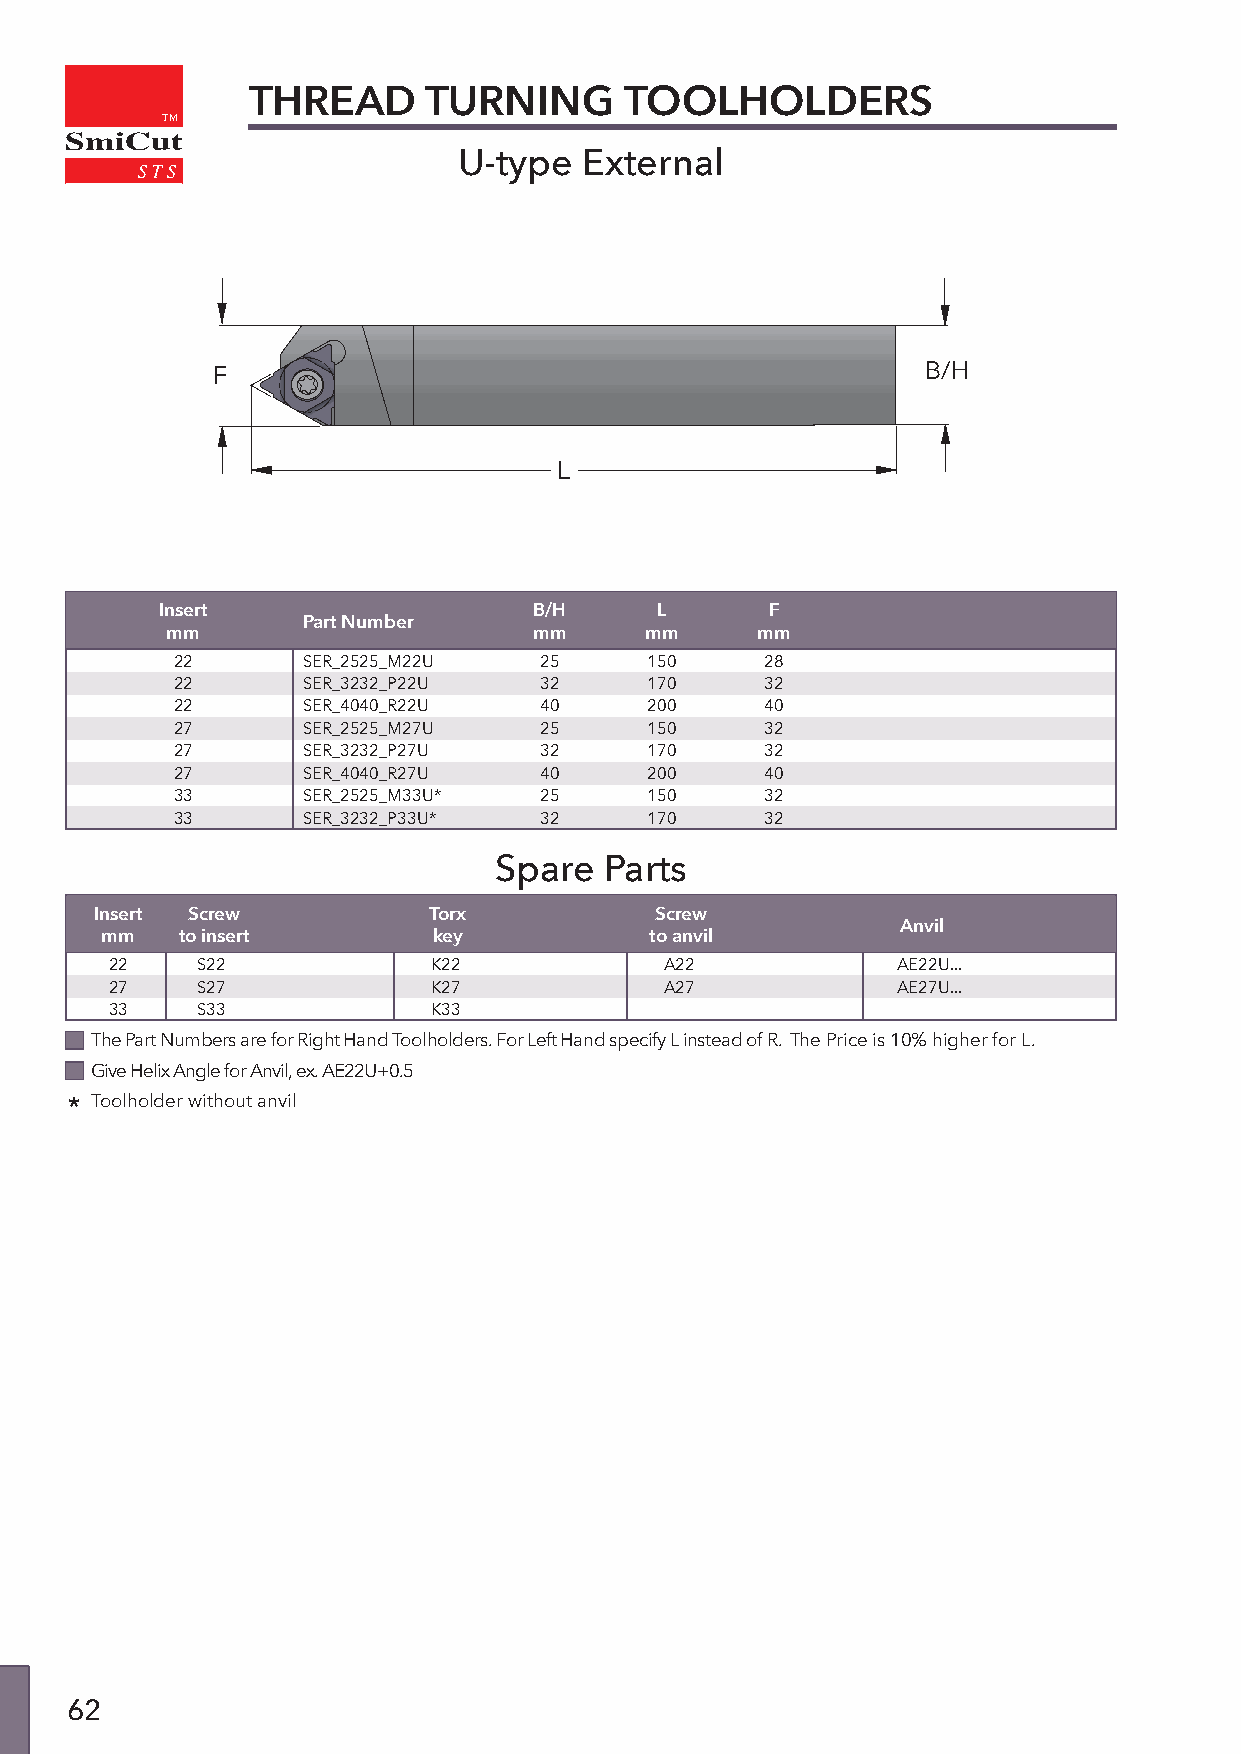
THREAD      TURNING      TOOLHOLDERS
 TM
 SmiCut
 U-type   External
 F                                              B/H
 L
 Insert                  B/H     L       F
 Part Number
 mm                      mm      mm     mm
 22       SER_2525_M22U   25     150     28
 22       SER_3232_P22U   32     170     32
 22       SER_4040_R22U   40     200     40
 27       SER_2525_M27U   25     150     32
 27       SER_3232_P27U   32     170     32
 27       SER_4040_R27U   40     200     40
 33       SER_2525_M33U*  25     150     32
 33       SER_3232_P33U*  32     170     32
 Spare  Parts
 Insert Screw          Torx           Screw
 Anvil
 mm   to insert        key           to anvil
 22    S22            K22             A22            AE22U...
 27    S27            K27             A27            AE27U...
 33    S33            K33
 The Part Numbers are for Right Hand Toolholders. For Left Hand specify L instead of R. The Price is 10% higher for L.
 Give Helix Angle for Anvil, ex. AE22U+0.5
 * Toolholder without anvil
 62